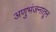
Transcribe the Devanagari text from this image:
अणुभंजनातून